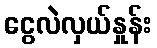
ငွေလဲလှယ်နှုန်း